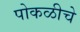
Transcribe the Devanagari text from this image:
पोकळीचे